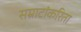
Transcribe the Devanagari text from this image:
सम्राटांकरिता